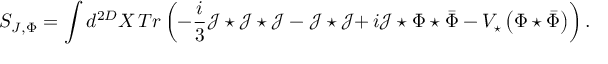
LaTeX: S _ { J , \Phi } = \int d ^ { 2 D } X \, T r \left( - \frac { i } { 3 } \mathcal { J } \star \mathcal { J } \star \mathcal { J } - \mathcal { J } \star \mathcal { J } \mathbf { + \, } i \mathcal { J } \star \Phi \star \bar { \Phi } - V _ { \star } \left( \Phi \star \bar { \Phi } \right) \right) .